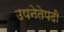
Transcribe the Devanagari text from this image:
उपनेतेपदी